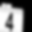
Digit: 4